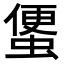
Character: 𧍻